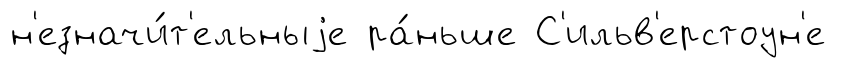
н'езначи́т'ельныjе ра́ньше С'ильв'ерстоун'е